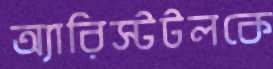
অ্যারিস্টটলকে